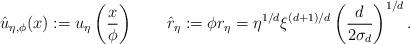
LaTeX: \begin{align*} \hat{u}_{\eta,\phi}(x):=u_\eta\left(\frac{x}{\phi}\right)\qquad\hat{r}_\eta:=\phi r_\eta=\eta^{1/d}\xi^{(d+1)/d}\left(\frac{d}{2\sigma_d}\right)^{1/d}.\end{align*}